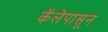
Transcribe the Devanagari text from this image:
कॅलेपासून